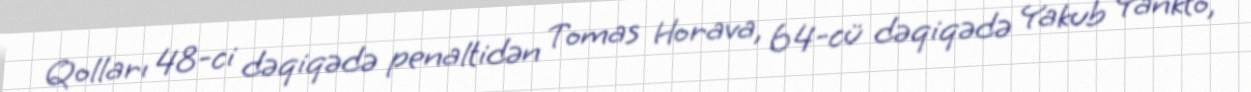
Qolları 48-ci dəqiqədə penaltidən Tomas Horava, 64-cü dəqiqədə Yakub Yankto,